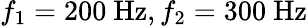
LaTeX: f_{1}=200~\mathrm{Hz},f_{2}=300~\mathrm{Hz}